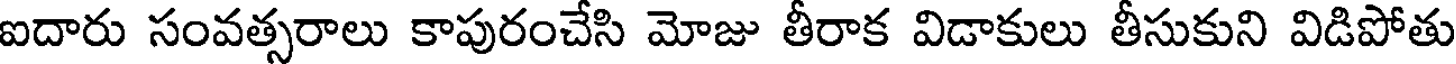
ఐదారు సంవత్సరాలు కాపురంచేసి మోజు తీరాక విడాకులు తీసుకుని విడిపోతు